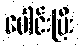
ပေါင်းပြီး